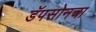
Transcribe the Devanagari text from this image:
डॅपसोनचा